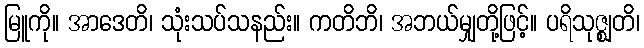
မြူကို။ အာဒေတိ၊ သုံးသပ်သနည်း။ ကတိဘိ၊ အဘယ်မျှတို့ဖြင့်။ ပရိသုဇ္ဈတိ၊